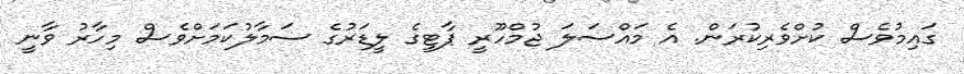
ގައިމުވެސް ކުށްވެރިކުރަން. އެ މައްސަލަ ޖުމްހޫރީ ޕާޓީގެ ލީޑަރުގެ ސަމާލުކަމަށްވެސް މިހާރު ވާނީ